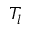
T _ { l }